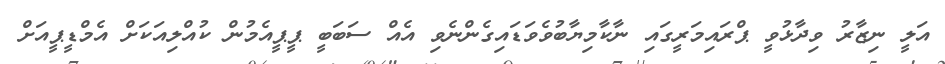
އަލީ ނިޒާރު ވިދާޅުވީ ޕްރައިމަރީގައި ނާކާމިޔާބުވެވަޑައިގެންނެވި އެއް ސަބަބީ ޕީޕީއެމުން ކުއްލިއަކަށް އެމްޑީޕީއަށް